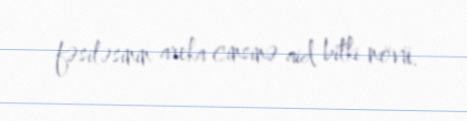
fəsiləsinin areka cinsinə aid bitki növü.